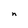
Character: n